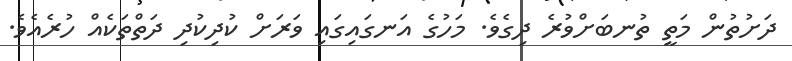
ދަށުތުން މަތީ ތުނބަށްވުރެ ދިގެވެ. މަހުގެ އަނގައިގައި ވަރަށް ކުދިކުދި ދަތްތަކެއް ހުރެއެވެ.